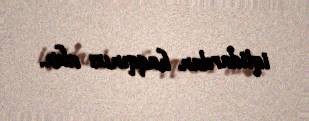
iqtidardan haqqınızı alın.